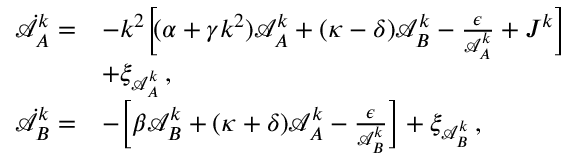
\begin{array} { r l } { \dot { \mathcal { A } } _ { A } ^ { k } = } & { - k ^ { 2 } \bigg [ \! ( \alpha + \gamma k ^ { 2 } ) \mathcal { A } _ { A } ^ { k } + ( \kappa - \delta ) \mathcal { A } _ { B } ^ { k } - \frac { \epsilon } { \mathcal { A } _ { A } ^ { k } } + J ^ { k } \bigg ] } \\ & { + \xi _ { \mathcal { A } _ { A } ^ { k } } \, , } \\ { \dot { \mathcal { A } } _ { B } ^ { k } = } & { - \bigg [ \beta \mathcal { A } _ { B } ^ { k } + ( \kappa + \delta ) \mathcal { A } _ { A } ^ { k } - \frac { \epsilon } { \mathcal { A } _ { B } ^ { k } } \bigg ] + \xi _ { \mathcal { A } _ { B } ^ { k } } \, , } \end{array}